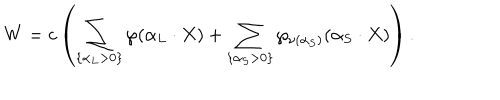
W = c \left( \sum _ { \{ \alpha _ { L } > 0 \} } \wp ( \alpha _ { L } \cdot X ) + \sum _ { \{ \alpha _ { S } > 0 \} } \wp _ { \nu ( \alpha _ { S } ) } ( \alpha _ { S } \cdot X ) \right) .